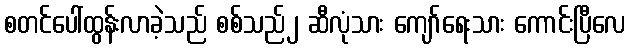
စတင်ပေါ်ထွန်းလာခဲ့သည် စစ်သည်၂ ဆီလုံသား ကျော်ရေးသား ကောင်းပြီလေ